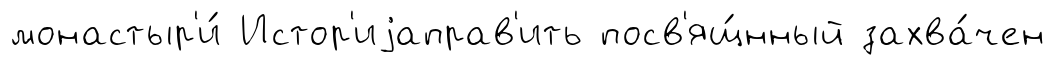
монастыр'и́ Истор'иjаправ'ить посв'ящ́нный захва́чен